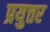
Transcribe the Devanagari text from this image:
प्रयुत्तर